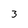
Character: 3